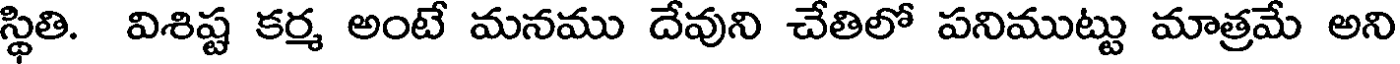
స్థితి. విశిష్ట కర్మ అంటే మనము దేవుని చేతిలో పనిముట్టు మాత్రమే అని